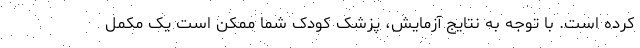
کرده است. با توجه به نتایج آزمایش، پزشک کودک شما ممکن است یک مکمل